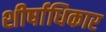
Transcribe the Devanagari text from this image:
शीर्षाधिकार